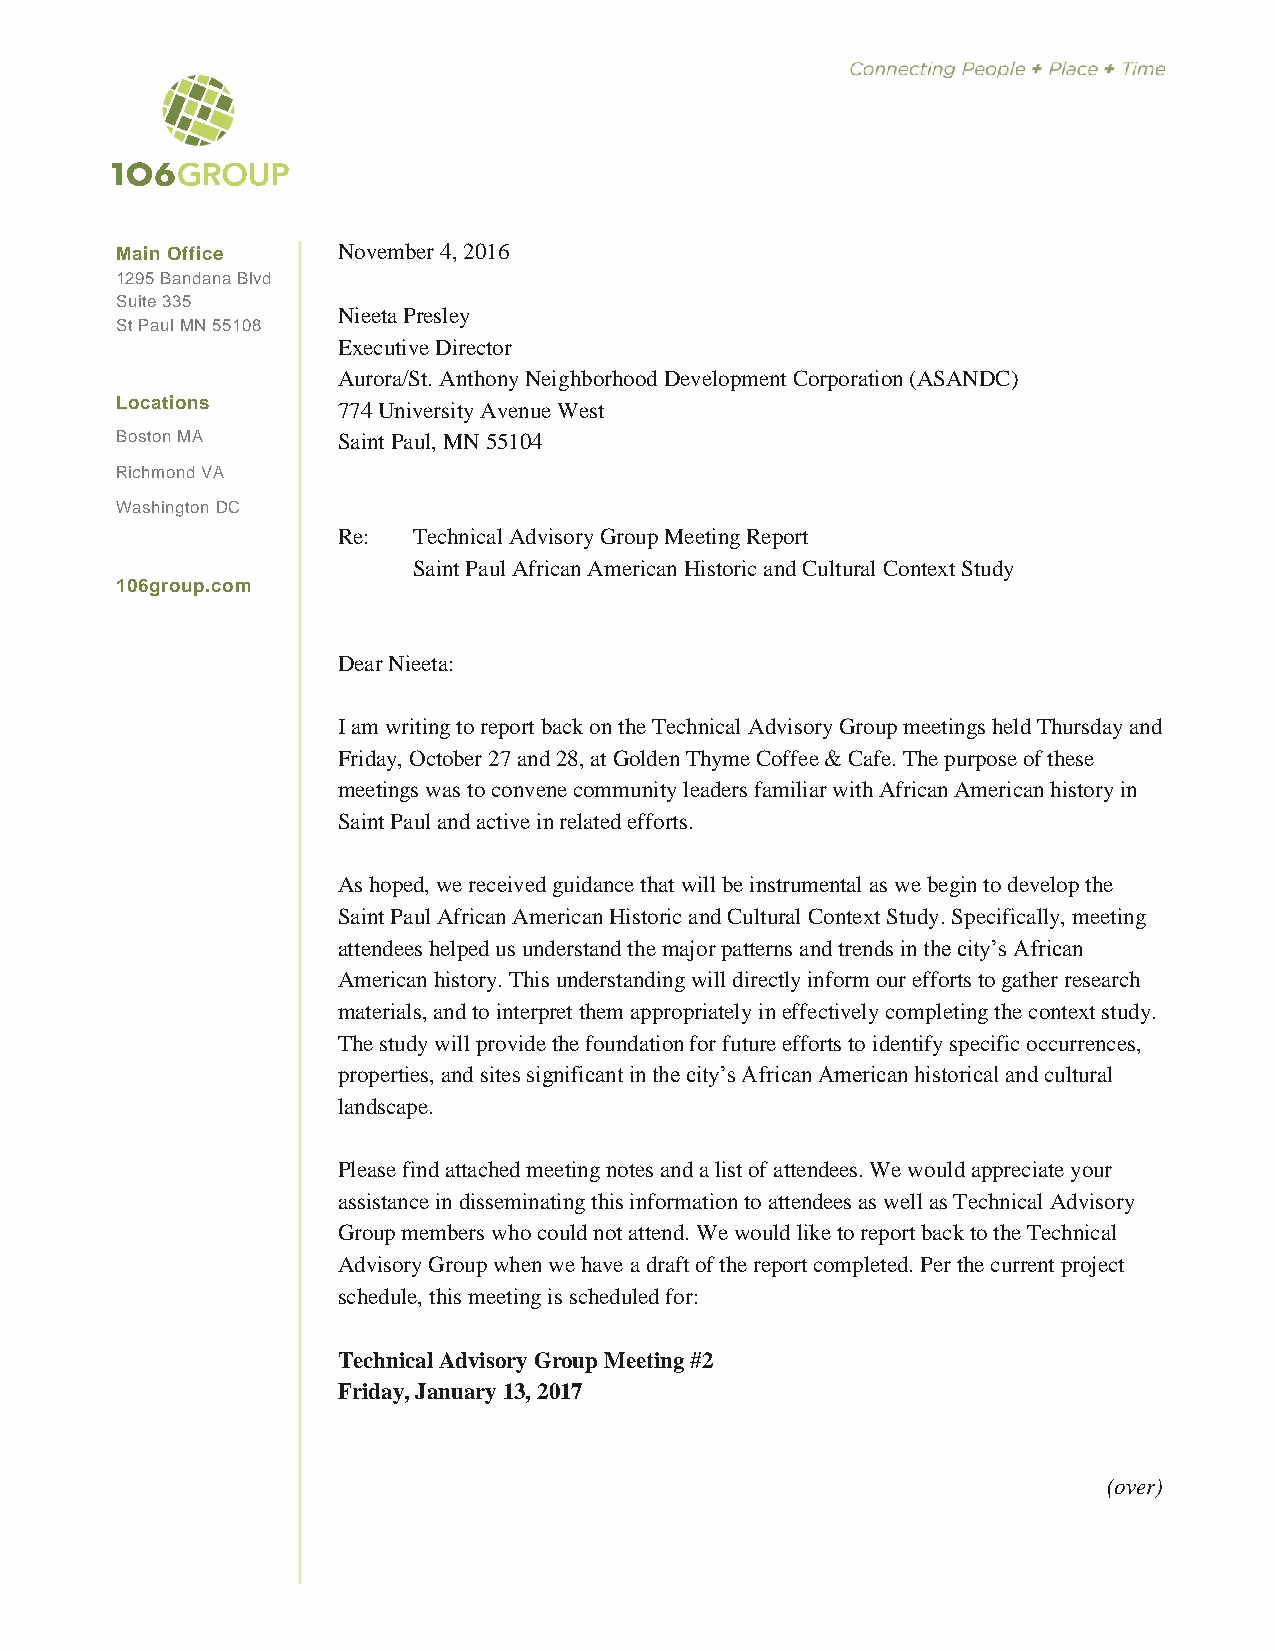
Main Office   November 4, 2016
 1295 Bandana Blvd
 Suite 335
 Nieeta Presley
 St Paul MN 55108
 Executive Director
 Aurora/St. Anthony Neighborhood Development Corporation (ASANDC)
 Locations     774 University Avenue West
 Boston MA     Saint Paul, MN 55104
 Richmond VA
 Washington DC
 Re:  Technical Advisory Group Meeting Report
 Saint Paul African American Historic and Cultural Context Study
 106group.com
 Dear Nieeta:
 I am writing to report back on the Technical Advisory Group meetings held Thursday and
 Friday, October 27 and 28, at Golden Thyme Coffee & Cafe. The purpose of these
 meetings was to convene community leaders familiar with African American history in
 Saint Paul and active in related efforts.
 As hoped, we received guidance that will be instrumental as we begin to develop the
 Saint Paul African American Historic and Cultural Context Study. Specifically, meeting
 attendees helped us understand the major patterns and trends in the city’s African
 American history. This understanding will directly inform our efforts to gather research
 materials, and to interpret them appropriately in effectively completing the context study.
 The study will provide the foundation for future efforts to identify specific occurrences,
 properties, and sites significant in the city’s African American historical and cultural
 landscape.
 Please find attached meeting notes and a list of attendees. We would appreciate your
 assistance in disseminating this information to attendees as well as Technical Advisory
 Group members who could not attend. We would like to report back to the Technical
 Advisory Group when we have a draft of the report completed. Per the current project
 schedule, this meeting is scheduled for:
 Technical Advisory Group Meeting #2
 Friday, January 13, 2017
 (over)